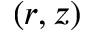
( r , z )